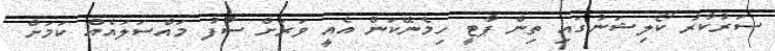
ސަރުކާރު ކޯލިޝަނުގައި ތިން ޕާޓީ ހިމެނޭކަން އެއީ ވަރަށް ސާފު މައްސަލައެއް ކަމަށް